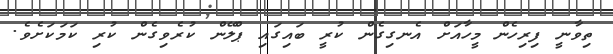
ތިވާނީ ފިރިހެން މީހާއަށް އެނގިގެން ކުރީ ބައިގައި ޕްލޭން ކުރެވިގެން ކުރި ކަމަކަށެވެ.